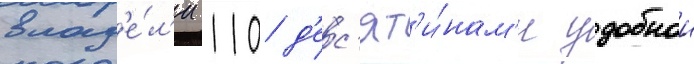
влад'е́л'и 110 д'ес'ят'и́нам'и удобнои